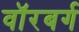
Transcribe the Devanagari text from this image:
वॉरबर्ग